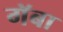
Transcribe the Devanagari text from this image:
गॅबा